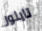
تايلور